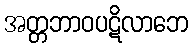
အတ္တဘာဝပဋိလာဘေ